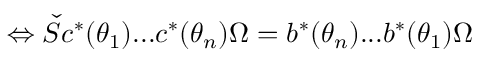
\Leftrightarrow \check { S } c ^ { * } ( \theta _ { 1 } ) . . . c ^ { * } ( \theta _ { n } ) \Omega = b ^ { * } ( \theta _ { n } ) . . . b ^ { * } ( \theta _ { 1 } ) \Omega